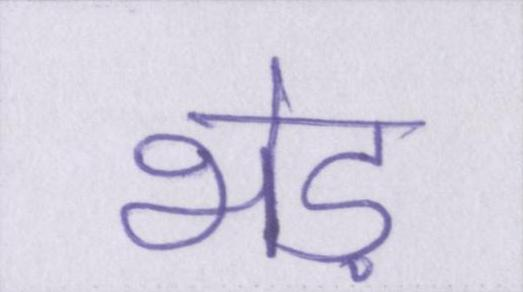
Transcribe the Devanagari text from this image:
भेड़